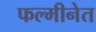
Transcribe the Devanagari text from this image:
फल्मीनेत